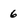
Character: 6